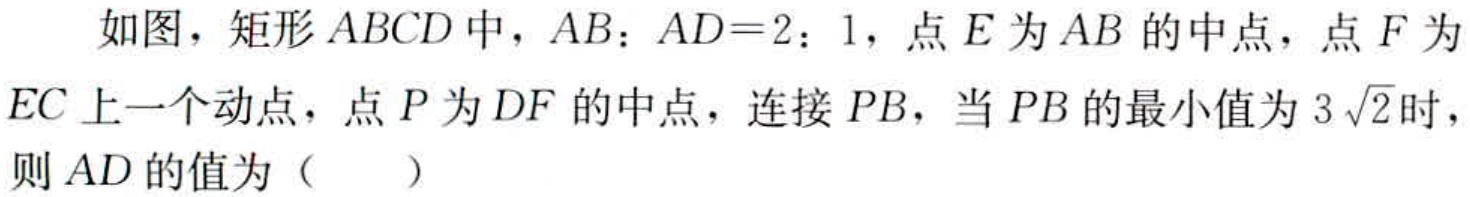
如图，矩形\(ABCD\)中，\(AB:AD = 2:1\)，点\(E\)为\(AB\)的中点，点\(F\)为\(EC\)上一个动点，点\(P\)为\(DF\)的中点，连接\(PB\)，当\(PB\)的最小值为\(3\sqrt{2}\)时，则\(AD\)的值为（  ）